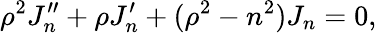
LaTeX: \rho^{2}J_{n}^{\prime\prime}+\rho J_{n}^{\prime}+(\rho^{2}-n^{2})J_{n}=0,